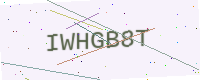
Text: IWHGB8T